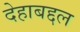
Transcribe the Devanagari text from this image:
देहाबद्दल